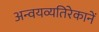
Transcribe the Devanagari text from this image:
अन्वयव्यतिरेकानें